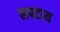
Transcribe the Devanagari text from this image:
लपटाय